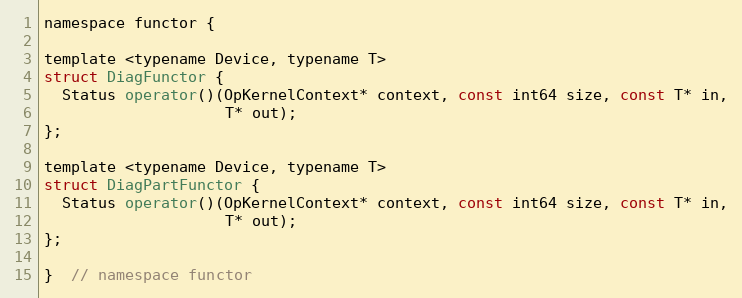
Language: C
namespace functor {

template <typename Device, typename T>
struct DiagFunctor {
  Status operator()(OpKernelContext* context, const int64 size, const T* in,
                    T* out);
};

template <typename Device, typename T>
struct DiagPartFunctor {
  Status operator()(OpKernelContext* context, const int64 size, const T* in,
                    T* out);
};

}  // namespace functor